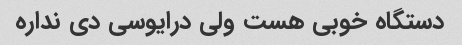
دستگاه خوبی هست ولی درایوسی دی نداره